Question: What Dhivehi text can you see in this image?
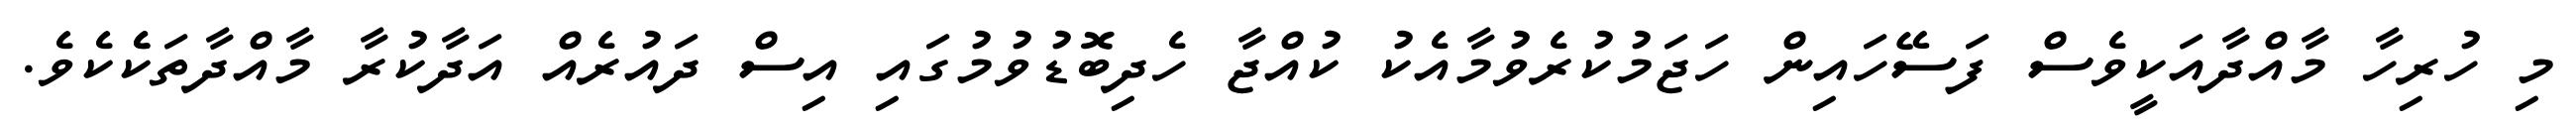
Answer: މި ހުރިހާ މާއްދާއަކީވެސް ފަސޭހައިން ހަޖަމުކުރެވުމާއެކު ކުއްޖާ ހެދިބޮޑުވުމުގައި އިސް ދައުރެއް އަދާކުރާ މާއްދާތަކެެކެވެ.